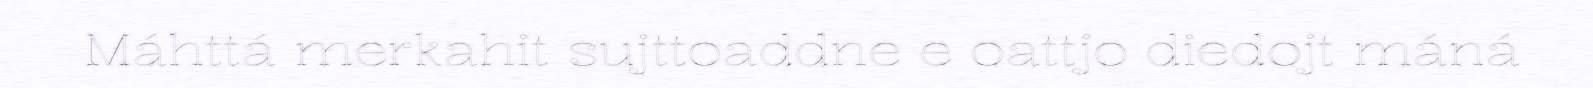
Máhttá merkahit sujttoaddne e oattjo diedojt máná